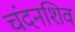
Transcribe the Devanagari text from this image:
चंदनशिव